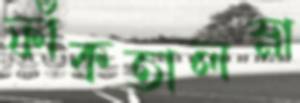
ফাঁকতালস্না